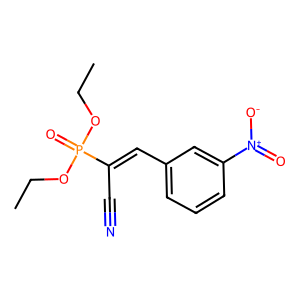
SMILES: CCOP(=O)(OCC)C(C#N)=Cc1cccc([N+](=O)[O-])c1
Inhibits HIV replication: No